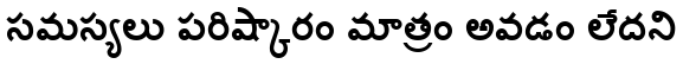
సమస్యలు పరిష్కారం మాత్రం అవడం లేదని